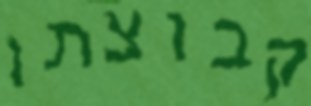
קבוצתו